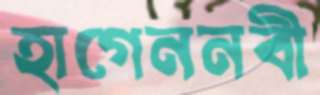
হাগেননবী